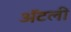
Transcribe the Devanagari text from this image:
अॅटली